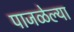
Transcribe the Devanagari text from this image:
पाजळेल्या